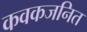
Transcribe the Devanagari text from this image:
कवकजनित